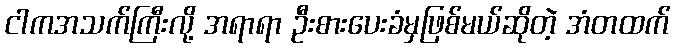
ငါကအသက်ကြီးလို့ အရာရာ ဦးစားပေးခံမှဖြစ်မယ်ဆိုတဲ့ အံတထက်